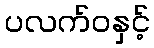
ပလက်ဝနှင့်